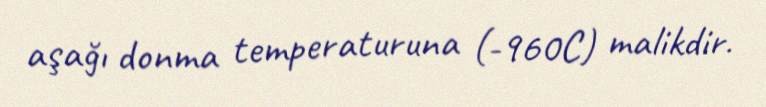
aşağı donma temperaturuna (-960C) malikdir.